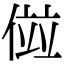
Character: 傡